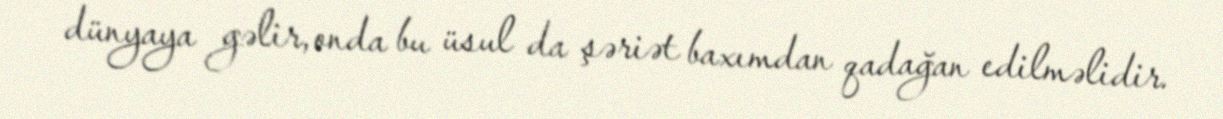
dünyaya gəlir, onda bu üsul da şəriət baxımdan qadağan edilməlidir.